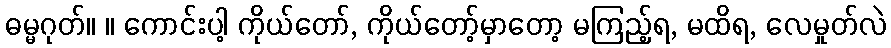
ဓမ္မဂုတ်။ ။ ကောင်းပါ့ ကိုယ်တော်, ကိုယ်တော့်မှာတော့ မကြည့်ရ, မထိရ, လေမှုတ်လဲ